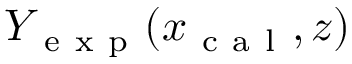
Y _ { \mathrm { ~ e ~ x ~ p ~ } } ( x _ { \mathrm { ~ c ~ a ~ l ~ } } , z )